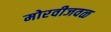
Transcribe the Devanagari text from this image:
मोरवीजवळ